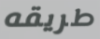
طريقه